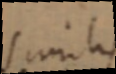
similis